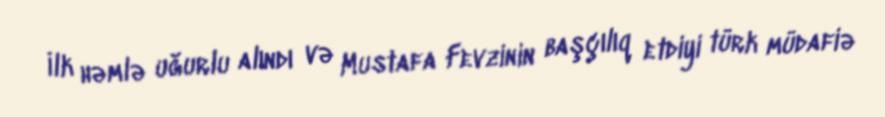
İlk həmlə uğurlu alındı və Mustafa Fevzinin başçılıq etdiyi türk müdafiə